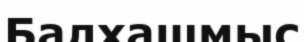
Балхашмыс